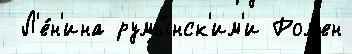
 Л'е́н'ина румы́нск'им'и Ром'ен